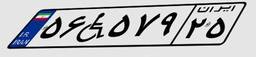
۵۶W۵۷۹۲۵